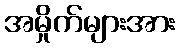
အမှိုက်များအား